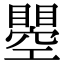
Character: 瞾